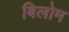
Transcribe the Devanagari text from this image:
बिलोम